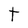
Character: t